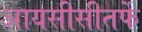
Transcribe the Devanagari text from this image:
आयसीसीतर्फे